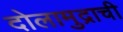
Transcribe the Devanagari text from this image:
दोलामुद्राची